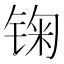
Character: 𲈈